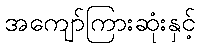
အကျော်ကြားဆုံးနှင့်